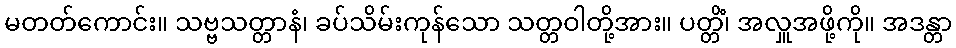
မတတ်ကောင်း။ သဗ္ဗသတ္တာနံ၊ ခပ်သိမ်းကုန်သော သတ္တဝါတို့အား။ ပတ္တိံ၊ အလှူအဖို့ကို။ အဒန္တာ